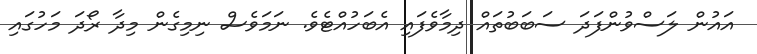
އައުން ލަސްވުންފަދަ ސަބަބުތައް ދިމާވެފައި އެބަހުއްޓެވެ. ނަމަވެސް ނިމިގެން މިދާ ރޯދަ މަހުގައި